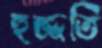
হুজ্জতি